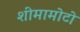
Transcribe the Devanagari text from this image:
शीमामोटो